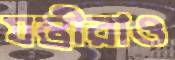
যন্ত্রীরাও